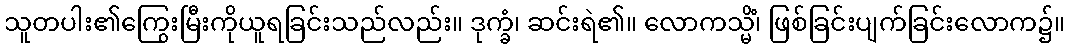
သူတပါး၏ကြွေးမြီးကိုယူရခြင်းသည်လည်း။ ဒုက္ခံ၊ ဆင်းရဲ၏။ လောကသ္မိံ၊ ဖြစ်ခြင်းပျက်ခြင်းလောက၌။